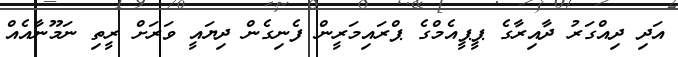
އަދި ދިއްގަރު ދާއިރާގެ ޕީޕީއެމްގެ ޕްރައިމަރީން ފެނިގެން ދިޔައީ ވަރަށް ރީތި ނަމޫނާއެއް